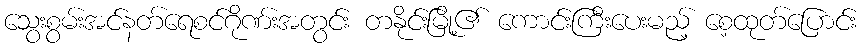
သွေးစွမ်းအင်နတ်ရေစင်ဂိုဏ်းအတွင်း တနိုင်းမြို့၏ ကောင်းကြီးပေးမည့် စေ့ထုတ်ပြောင်း